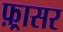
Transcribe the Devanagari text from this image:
फ़्रासर